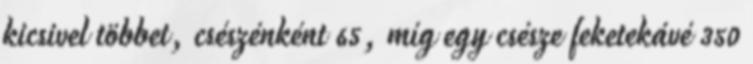
kicsivel többet, csészénként 65, míg egy csésze feketekávé 350